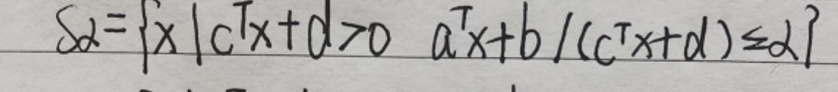
$S_{\alpha}=\left\{x \mid c^{\top} x+d>0, \frac{a^{\top} x + b}{c^{\top} x + d} \leq \alpha\right\}$